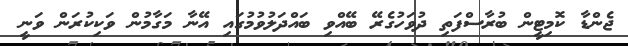
ޖެންޑާ ކޮމިޓީން ބުރާސްފަތި ދުވަހުގެރޭ ބޭއްވި ބައްދަލުވުމުގައި އޭނާ މަގާމުން ވަކިކުރަން ވަނީ